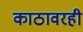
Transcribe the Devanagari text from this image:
काठावरही